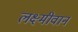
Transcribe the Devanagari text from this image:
लक्ष्मीवान